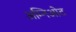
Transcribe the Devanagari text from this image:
अम्निओट